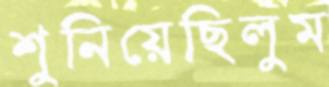
শুনিয়েছিলুম